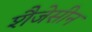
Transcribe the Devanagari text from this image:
शैजेसीन